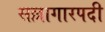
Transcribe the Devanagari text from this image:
सल्लागारपदी